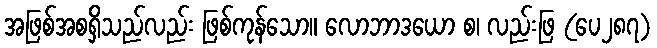
အဖြစ်အစရှိသည်လည်း ဖြစ်ကုန်သော။ လောဘာဒယော စ၊ လည်းဖြ (ပေ၂၈၇)